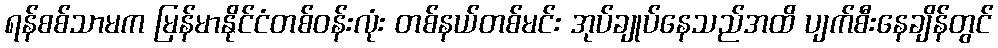
ရန်စစ်သာမက မြန်မာနိုင်ငံတစ်ဝန်းလုံး တစ်နယ်တစ်မင်း အုပ်ချုပ်နေသည်အထိ ပျက်စီးနေချိန်တွင်